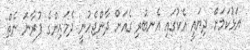
އަޅުކަމަށް ދިޔައީ އެކުގައި އެނބުރި ގެއަށް ދާންޖެހުނީ ދެމައިންގެ ފުރާނަ ނެތް